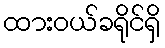
ထားဝယ်ခရိုင်ရှိ